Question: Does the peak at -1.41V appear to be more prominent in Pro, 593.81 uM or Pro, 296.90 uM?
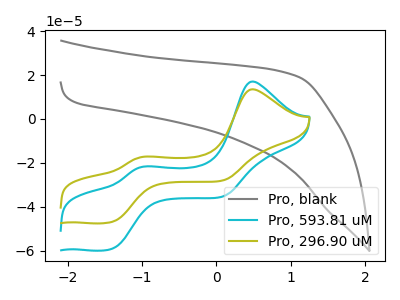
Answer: <think>The gray curve "Pro, blank" has no peaks. The cyan curve "Pro, 593.81 uM" has anodic peaks at (0.50V, 17.10uA) (-0.95V, -21.65uA) and cathodic peaks at (-1.40V, -59.20uA) (0.10V, -35.35uA). The olive curve "Pro, 296.90 uM" has anodic peaks at (0.50V, 13.55uA) (-0.95V, -17.15uA) and cathodic peaks at (-1.40V, -46.95uA) (0.10V, -28.00uA).</think>
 <answer>The peak at -1.41V is higher in "Pro, 593.81 uM" than in "Pro, 296.90 uM".</answer>
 <eval>higher</eval>